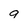
Character: 9